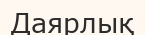
Даярлық